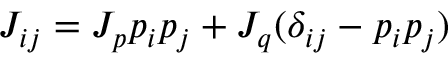
J _ { i j } = J _ { p } p _ { i } p _ { j } + J _ { q } ( \delta _ { i j } - p _ { i } p _ { j } )